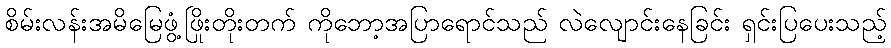
စိမ်းလန်းအမိမြေဖွံ့ဖြိုးတိုးတက် ကိုဘော့အပြာရောင်သည် လဲလျောင်းနေခြင်း ရှင်းပြပေးသည့်